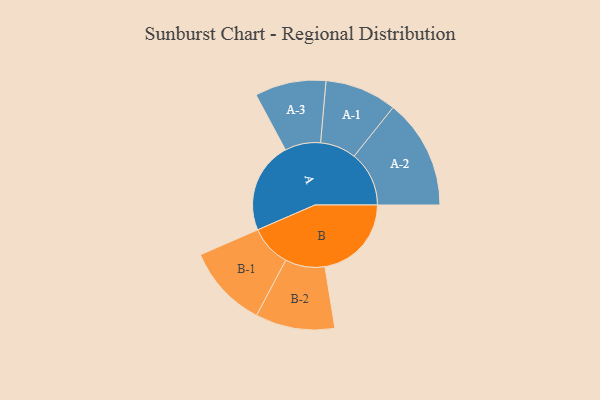
{"axis": {"x": "Segment", "y": "Value"}, "legend": ["", "A", "B"], "data": [{"x": "A", "y": 269, "type": ""}, {"x": "B", "y": 255, "type": ""}, {"x": "A-1", "y": 106, "type": "A"}, {"x": "A-2", "y": 162, "type": "A"}, {"x": "A-3", "y": 105, "type": "A"}, {"x": "B-1", "y": 122, "type": "B"}, {"x": "B-2", "y": 117, "type": "B"}]}